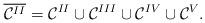
LaTeX: \begin{align*}\overline{\mathcal{C}^{II}}=\mathcal{C}^{II}\cup \mathcal{C}^{III}\cup \mathcal{C}^{IV}\cup\mathcal{C}^{V}.\end{align*}